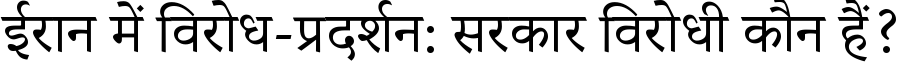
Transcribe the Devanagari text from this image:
ईरान में विरोध-प्रदर्शन: सरकार विरोधी कौन हैं?